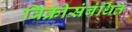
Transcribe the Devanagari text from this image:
विक्रीसंबंधित